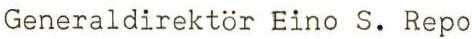
Generaldirektör Eino S. Repo